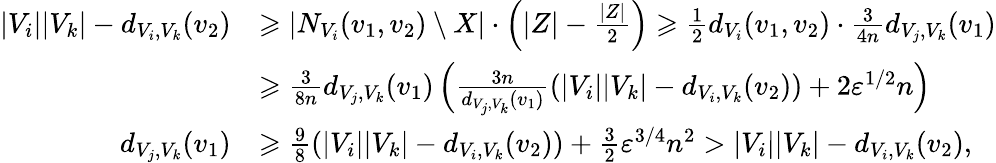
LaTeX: \begin{array}{rl}{|V_{i}||V_{k}|-d_{V_{i},V_{k}}(v_{2})}&{\geqslant|N_{V_{i}}(v_{1},v_{2})\setminus X|\cdot\left(|Z|-\frac{|Z|}{2}\right)\geqslant\frac{1}{2}d_{V_{i}}(v_{1},v_{2})\cdot\frac{3}{4n}d_{V_{j},V_{k}}(v_{1})}\\ &{\geqslant\frac{3}{8n}d_{V_{j},V_{k}}(v_{1})\left(\frac{3n}{d_{V_{j},V_{k}}(v_{1})}\left(|V_{i}||V_{k}|-d_{V_{i},V_{k}}(v_{2})\right)+2\varepsilon^{1/2}n\right)}\\ {d_{V_{j},V_{k}}(v_{1})}&{\geqslant\frac{9}{8}\left(|V_{i}||V_{k}|-d_{V_{i},V_{k}}(v_{2})\right)+\frac{3}{2}\varepsilon^{3/4}n^{2}>|V_{i}||V_{k}|-d_{V_{i},V_{k}}(v_{2}),}\end{array}